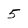
Character: 5